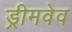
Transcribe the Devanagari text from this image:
ड्रीमवेव